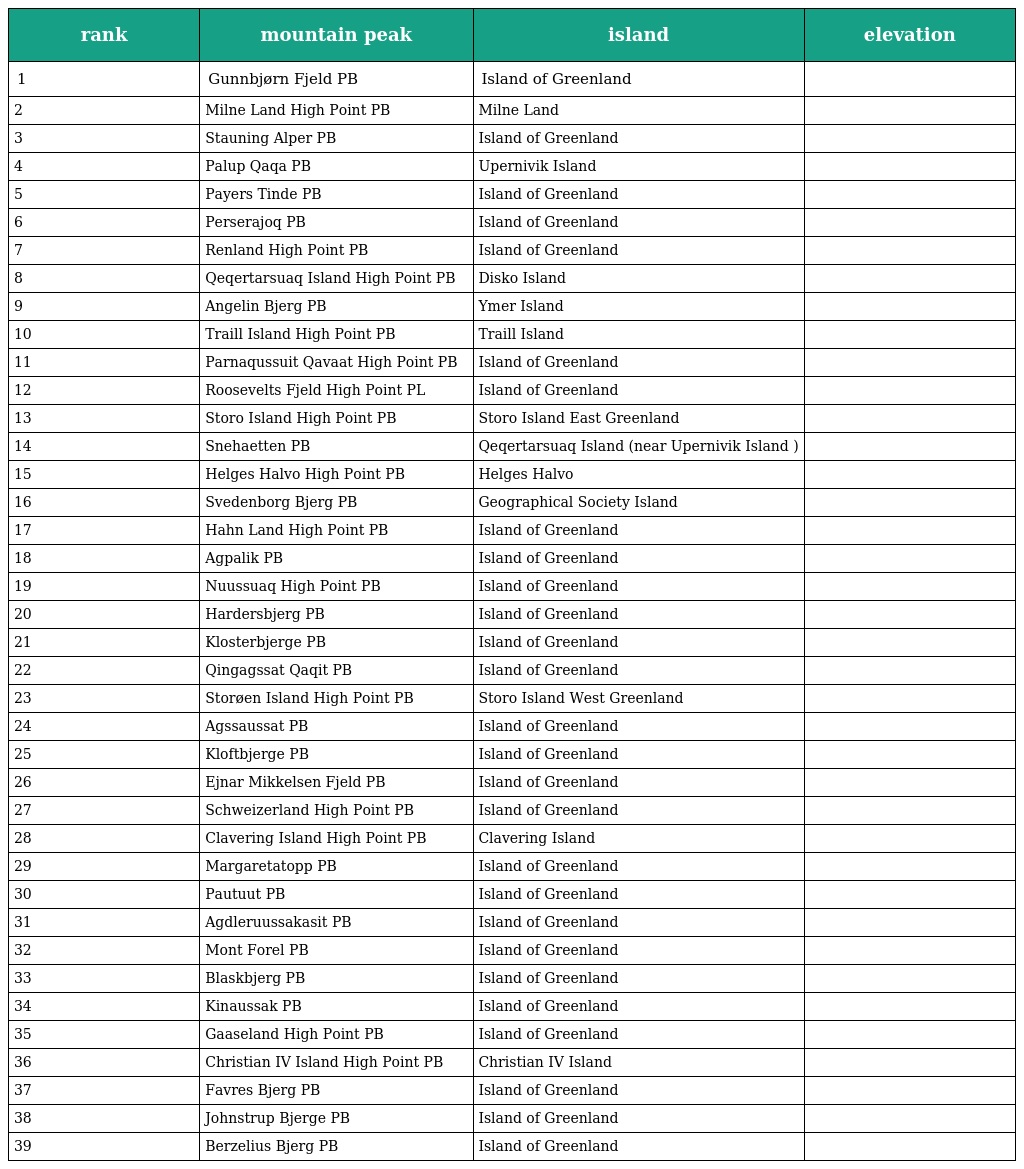
| rank | mountain peak | island | elevation |
 | --- | --- | --- | --- |
 | 1 | Gunnbjørn Fjeld PB | Island of Greenland |  |
 | 2 | Milne Land High Point PB | Milne Land |  |
 | 3 | Stauning Alper PB | Island of Greenland |  |
 | 4 | Palup Qaqa PB | Upernivik Island |  |
 | 5 | Payers Tinde PB | Island of Greenland |  |
 | 6 | Perserajoq PB | Island of Greenland |  |
 | 7 | Renland High Point PB | Island of Greenland |  |
 | 8 | Qeqertarsuaq Island High Point PB | Disko Island |  |
 | 9 | Angelin Bjerg PB | Ymer Island |  |
 | 10 | Traill Island High Point PB | Traill Island |  |
 | 11 | Parnaqussuit Qavaat High Point PB | Island of Greenland |  |
 | 12 | Roosevelts Fjeld High Point PL | Island of Greenland |  |
 | 13 | Storo Island High Point PB | Storo Island East Greenland |  |
 | 14 | Snehaetten PB | Qeqertarsuaq Island (near Upernivik Island ) |  |
 | 15 | Helges Halvo High Point PB | Helges Halvo |  |
 | 16 | Svedenborg Bjerg PB | Geographical Society Island |  |
 | 17 | Hahn Land High Point PB | Island of Greenland |  |
 | 18 | Agpalik PB | Island of Greenland |  |
 | 19 | Nuussuaq High Point PB | Island of Greenland |  |
 | 20 | Hardersbjerg PB | Island of Greenland |  |
 | 21 | Klosterbjerge PB | Island of Greenland |  |
 | 22 | Qingagssat Qaqit PB | Island of Greenland |  |
 | 23 | Storøen Island High Point PB | Storo Island West Greenland |  |
 | 24 | Agssaussat PB | Island of Greenland |  |
 | 25 | Kloftbjerge PB | Island of Greenland |  |
 | 26 | Ejnar Mikkelsen Fjeld PB | Island of Greenland |  |
 | 27 | Schweizerland High Point PB | Island of Greenland |  |
 | 28 | Clavering Island High Point PB | Clavering Island |  |
 | 29 | Margaretatopp PB | Island of Greenland |  |
 | 30 | Pautuut PB | Island of Greenland |  |
 | 31 | Agdleruussakasit PB | Island of Greenland |  |
 | 32 | Mont Forel PB | Island of Greenland |  |
 | 33 | Blaskbjerg PB | Island of Greenland |  |
 | 34 | Kinaussak PB | Island of Greenland |  |
 | 35 | Gaaseland High Point PB | Island of Greenland |  |
 | 36 | Christian IV Island High Point PB | Christian IV Island |  |
 | 37 | Favres Bjerg PB | Island of Greenland |  |
 | 38 | Johnstrup Bjerge PB | Island of Greenland |  |
 | 39 | Berzelius Bjerg PB | Island of Greenland |  |